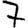
Digit: 7